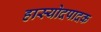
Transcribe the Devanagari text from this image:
हास्योदपादक